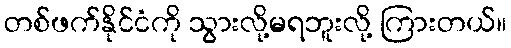
တစ်ဖက်နိုင်ငံကို သွားလို့မရဘူးလို့ ကြားတယ်။